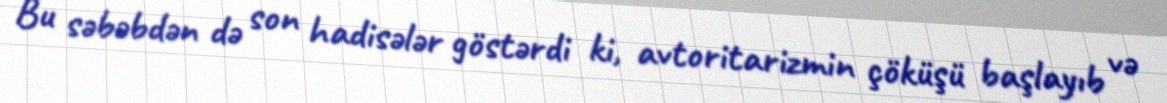
Bu səbəbdən də son hadisələr göstərdi ki, avtoritarizmin çöküşü başlayıb və